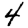
Digit: 4